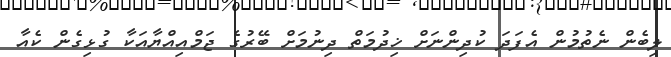
ލިބެން ނެތުމުން އެފަދަ ކުދިންނަށް ޚިދުމަތް ދިނުމަށް ބޭރުގެ ޖަމްއިއްޔާއަކާ ގުޅިގެން ކެއާ